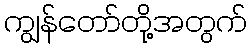
ကျွန်တော်တို့အတွက်